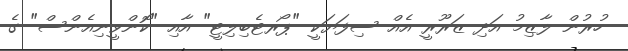
ހުރުން ލާޒިމު އަދި ޒަރޫރީ އެއް ސިފަޔަކީ "ޕޯރޓެބިލިޓީ" އާއި "ކޮންވީނިއެންސް" ގެ